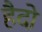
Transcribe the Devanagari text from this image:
हैदो